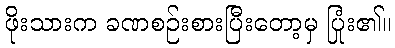
ဖိုးသားက ခဏစဉ်းစားပြီးတော့မှ ပြုံး၏။